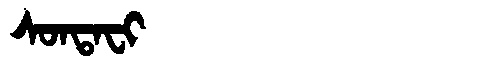
Manchu: ᠰᠣᠨᡨᠠᠸᡳ
Romanization: SONTAFI